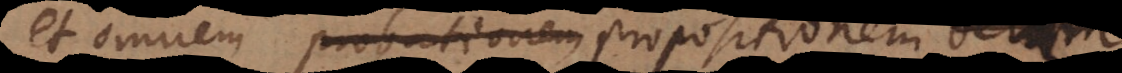
et omnem probationem propositionem veram,